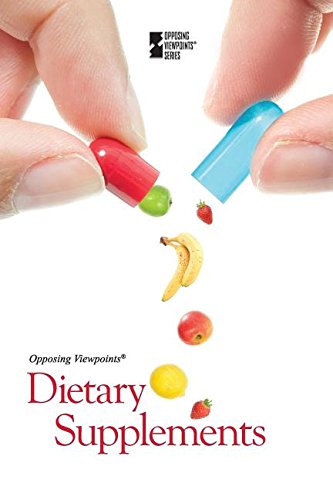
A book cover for Dietary Supplements (Opposing Viewpoints); Noah Berlatsky; Teen & Young Adult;